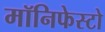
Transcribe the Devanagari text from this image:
मॉनिफेस्टो